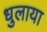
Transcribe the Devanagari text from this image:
धुलाया